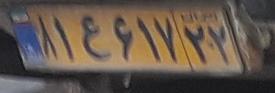
۸۱ع۶۱۷۲۲